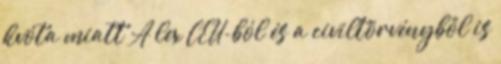
kvóta miatt A lex CEU-ból és a civiltörvényből is